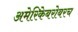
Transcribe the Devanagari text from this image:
अमेरिकेबरोबरच